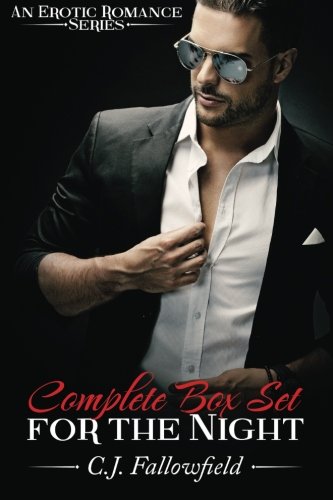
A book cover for For the Night: Complete Box Set; C.J. Fallowfield; Romance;